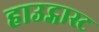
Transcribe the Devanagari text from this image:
हाउट्गास्ट